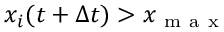
x _ { i } ( t + \Delta t ) > x _ { \mathrm { ~ m ~ a ~ x ~ } }